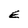
Character: E